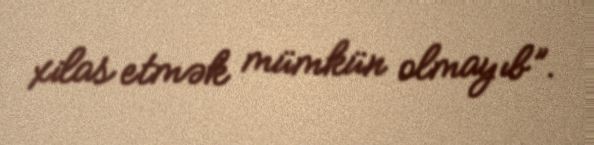
xilas etmək mümkün olmayıb”.